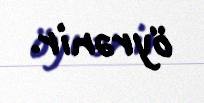
öyrənir.